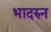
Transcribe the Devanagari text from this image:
भादरुन